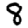
Digit: 8